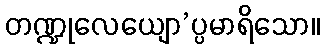
တဏ္ဍုလေယျော’ပ္ပမာရိသော။